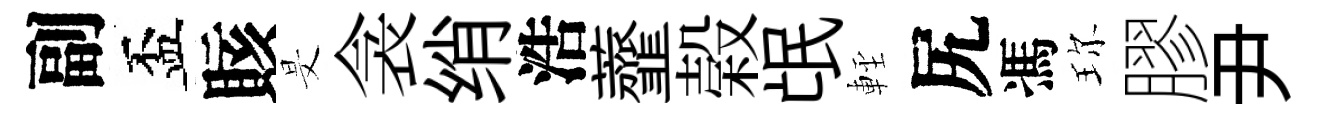
副盃賅旻衾绡浩虀榖氓䡖尻馮珎膠尹